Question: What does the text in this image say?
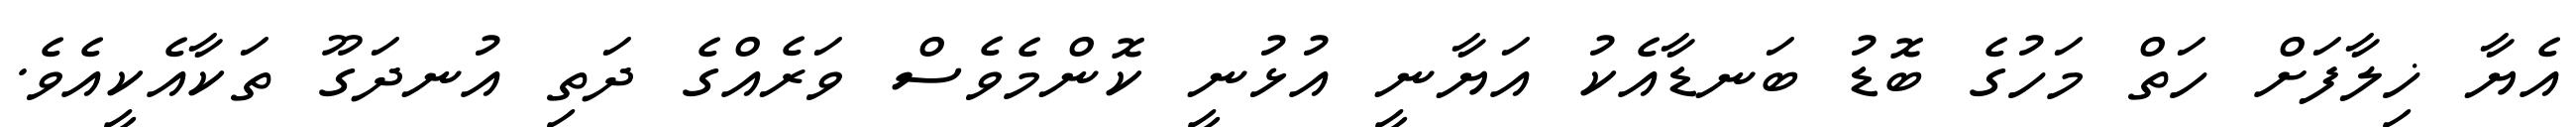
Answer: އެޔާ ޚިލާފަށް ހަތް މަހުގެ ބޮޑު ބަނޑާއެކު އަޔާނީ އުޅުނީ ކޮންމެވެސް ވަރެއްގެ ދަތި އުނދަގޫ ތަކާއެކީއެވެ.